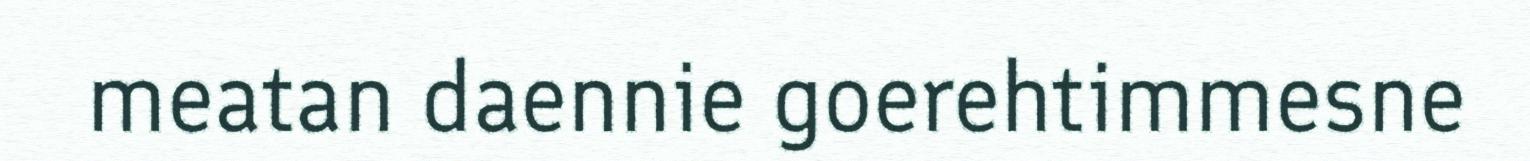
meatan daennie goerehtimmesne